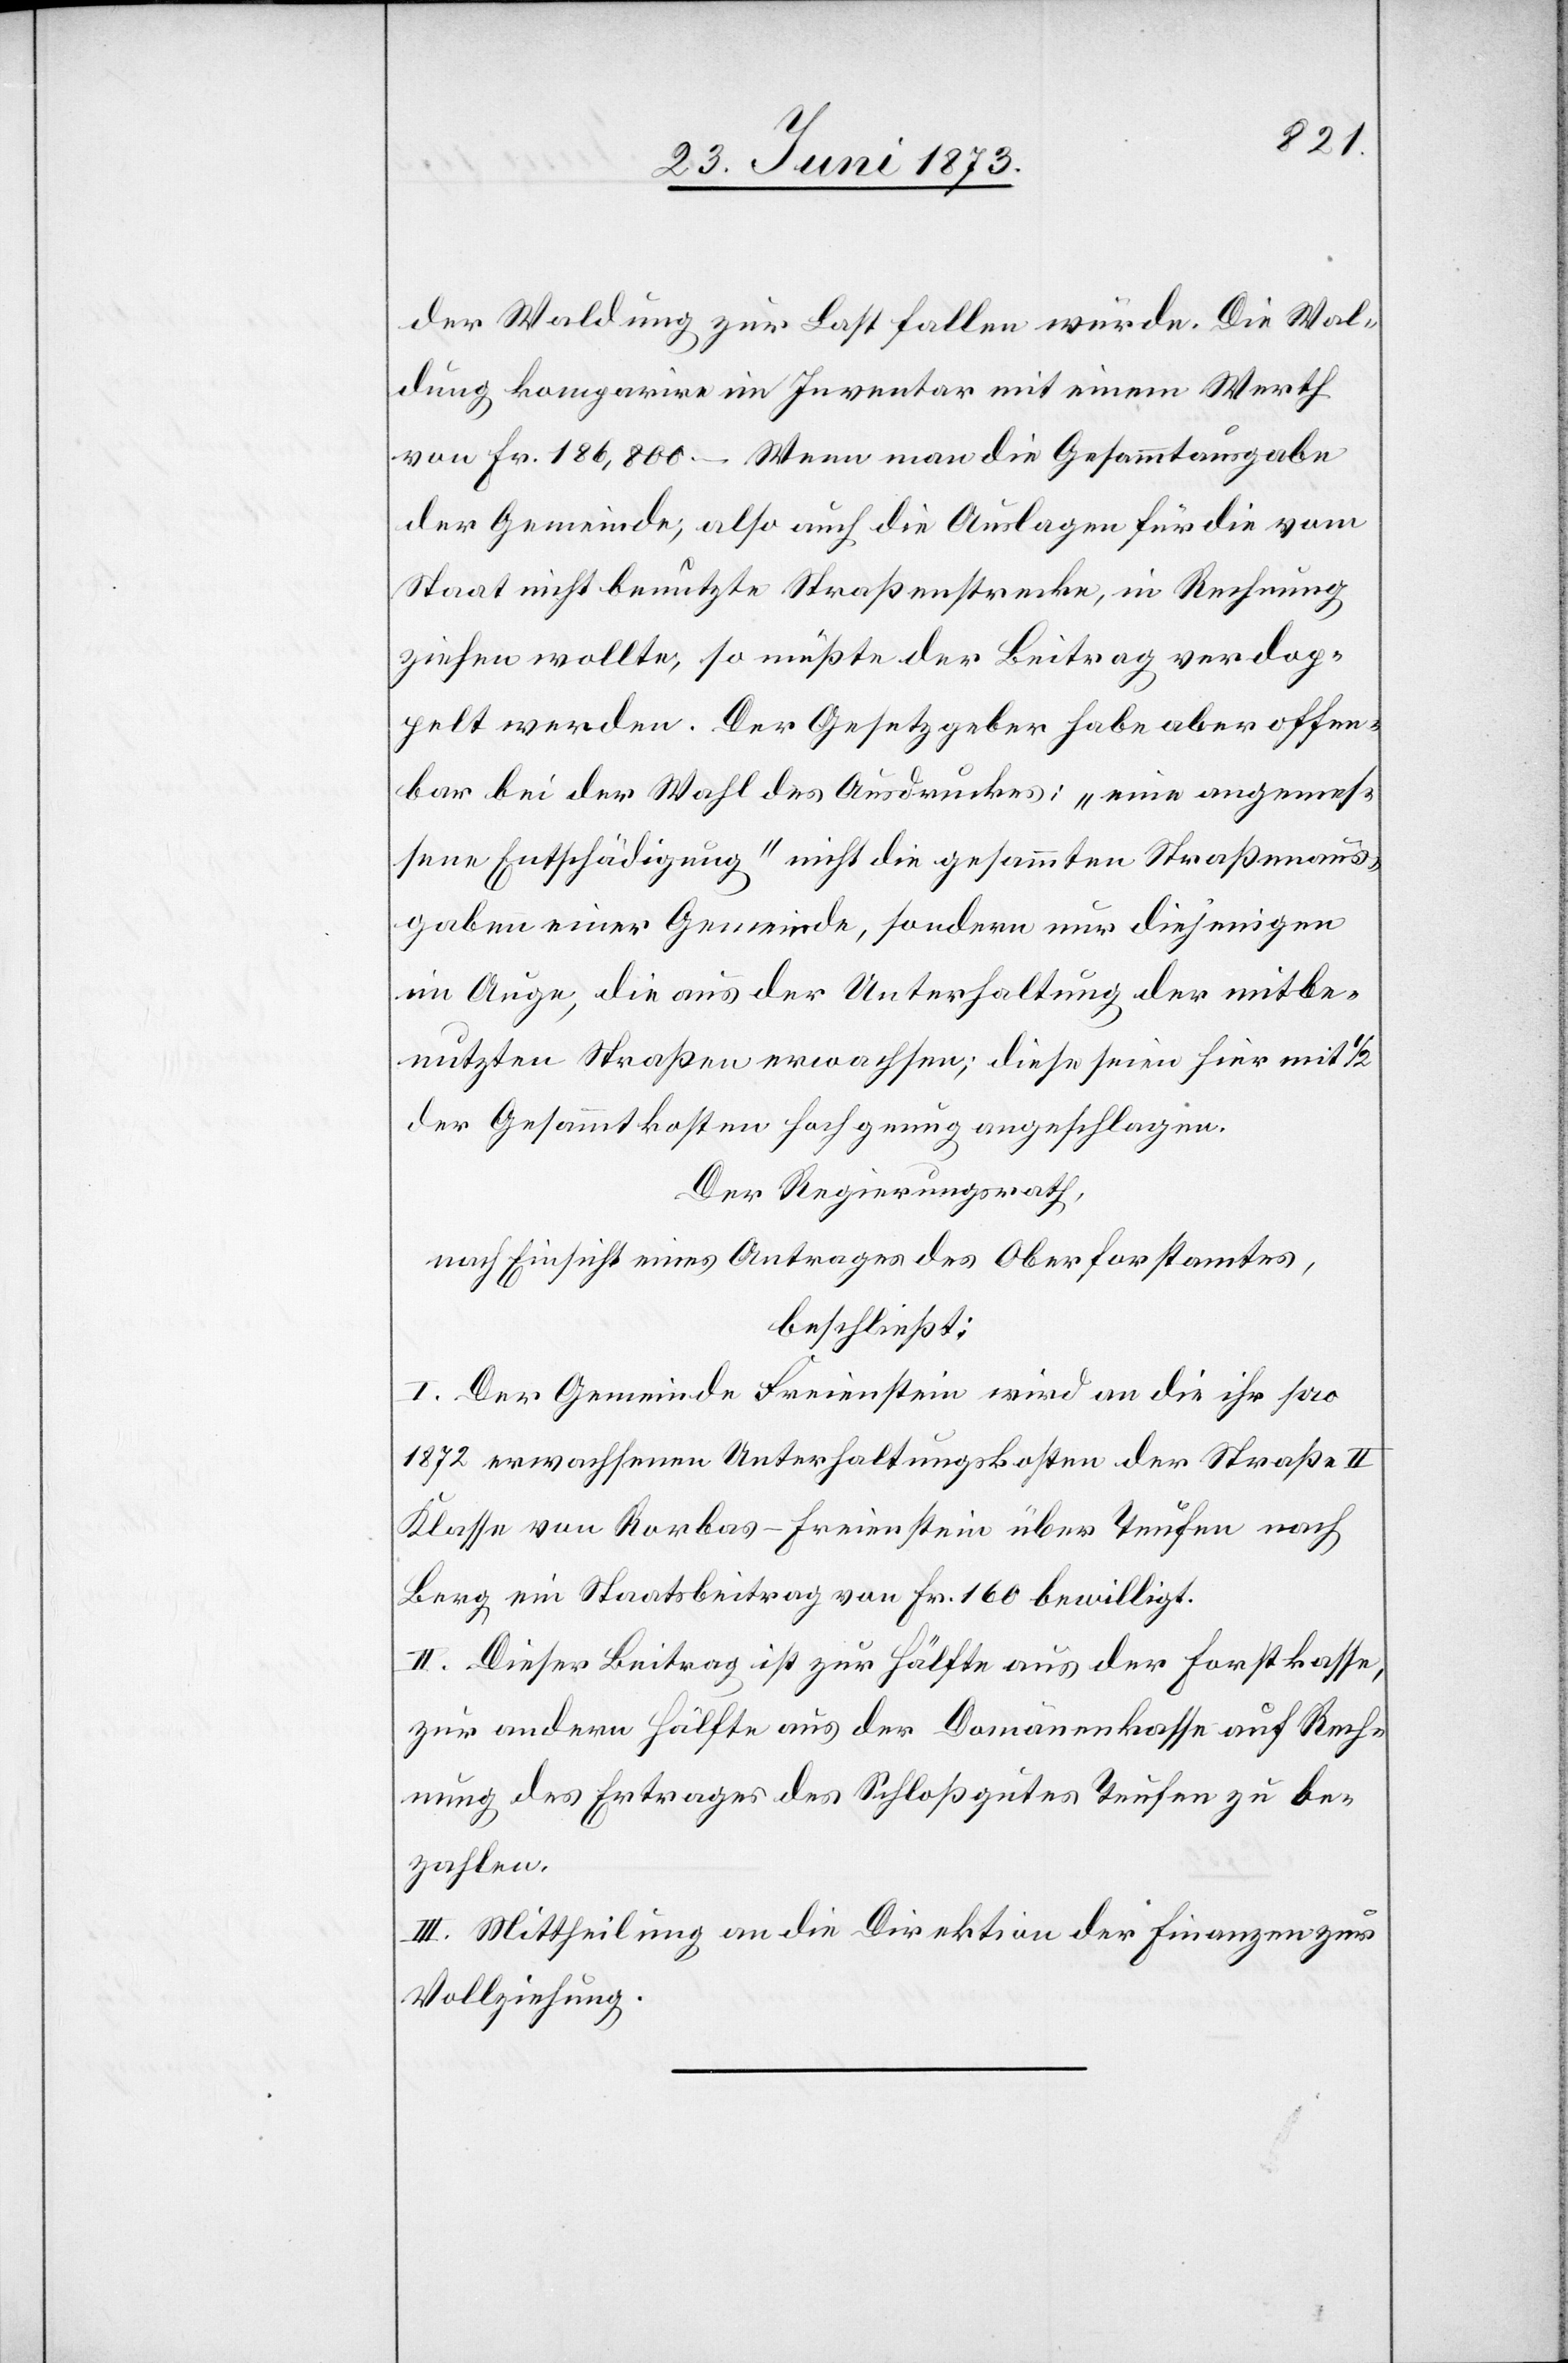
der Waldung zur Last fallen würde. Die Wal¬
dung komparire im Inventar mit einem Werth
von Fr. 186,800 – Wenn man die Gesammtausgabe
der Gemeinde, also auch die Auslagen für die vom
Staat nicht benutzte Straßenstrecke, in Rechnung
ziehen wollte, so müßte der Beitrag verdop¬
pelt werden. Der Gesetzgeber habe aber offen¬
bar bei der Wahl des Ausdruckes: „eine angemes¬
sene Entschädigung“ nicht die gesammten Straßenaus¬
gaben einer Gemeinde, sondern nur diejenigen
im Auge, die aus der Unterhaltung der mitbe¬
nutzten Straßen erwachsen; diese seien hier mit 1/2
der Gesammtkosten hoch genug angeschlagen.
Der Regierungsrath,
nach Einsicht eines Antrages des Oberforstamtes,
beschließt:
I. Der Gemeinde Freienstein wird an die ihr pro
1872 erwachsenen Unterhaltungskosten der Straße II
Klasse von Rorbas-Freienstein über Teufen nach
Berg ein Staatsbeitrag von Fr. 160 bewilligt.
II. Dieser Beitrag ist zur Hälfte aus der Forstkasse,
zur andern Hälfte aus der Domänenkasse auf Rech¬
nung des Ertrages des Schloßgutes Teufen zu be¬
zahlen.
III. Mittheilung an die Direktion der Finanzen zur
Vollziehung.